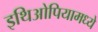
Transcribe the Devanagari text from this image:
इथिओपियामध्ये